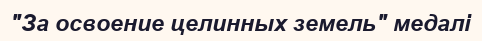
"За освоение целинных земель" медалі